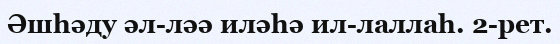
Әшһәду әл-ләә иләһә ил-лаллаһ. 2-рет.